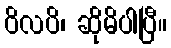
ဝိလပိ၊ ဆိုမိပါပြီ။